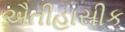
ઐતીહાસીક